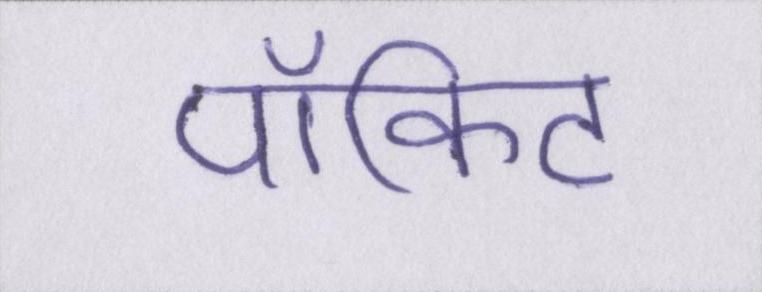
पॉकिट